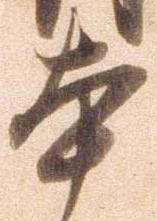
本